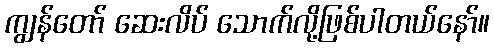
ကျွန်တော် ဆေးလိပ် သောက်လို့ဖြစ်ပါတယ်နော်။